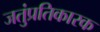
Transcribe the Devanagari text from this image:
जतुंप्रतिकारक